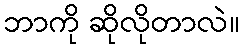
ဘာကို ဆိုလိုတာလဲ။